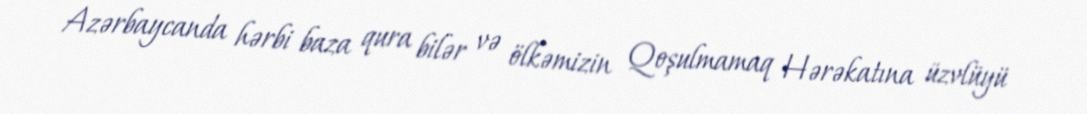
Azərbaycanda hərbi baza qura bilər və ölkəmizin Qoşulmamaq Hərəkatına üzvlüyü